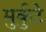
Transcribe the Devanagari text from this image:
मुर्कुटे